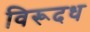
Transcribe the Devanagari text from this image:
विरूदध